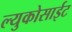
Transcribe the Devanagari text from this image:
ल्युकोसाईट